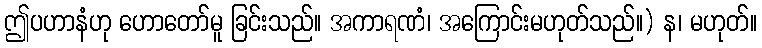
ဤပဟာနံဟု ဟောတော်မူ ခြင်းသည်။ အကာရဏံ၊ အကြောင်းမဟုတ်သည်။) န၊ မဟုတ်။